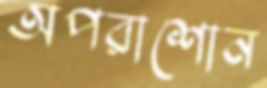
অপরাশোন